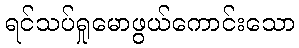
ရင်သပ်ရှုမောဖွယ်ကောင်းသော